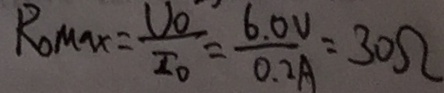
R _ { 0 \max } = \frac { v _ { 0 } } { I _ { 0 } } = \frac { 6 . 0 v } { 0 . 2 A } = 3 0 \Omega